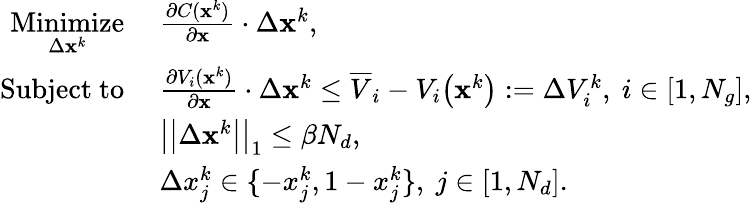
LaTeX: \begin{array}{rl}{\underset{\Delta\mathbf{x}^{k}}{\mathrm{Minimize}}}&{~\frac{\partial C(\mathbf{x}^{k})}{\partial\mathbf{x}}\cdot\Delta\mathbf{x}^{k}\mathrm{,}}\\ {\mathrm{Subject~to}}&{~\frac{\partial V_{i}(\mathbf{x}^{k})}{\partial\mathbf{x}}\cdot\Delta\mathbf{x}^{k}\le\overline{{V}}_{i}-V_{i}\big(\mathbf{x}^{k}\big):=\Delta V_{i}^{k},~i\in[1,N_{g}]\mathrm{,}}\\ &{~\big|\big|\Delta\mathbf{x}^{k}\big|\big|_{1}\le\beta N_{d}\mathrm{,}}\\ &{~\Delta x_{j}^{k}\in\{ -x_{j}^{k},1-x_{j}^{k}\} ,~j\in[1,N_{d}]\mathrm{.}}\end{array}